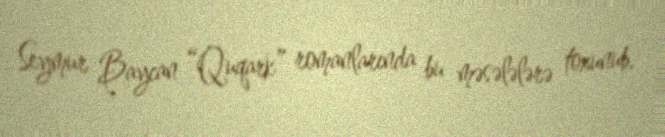
Seymur Baycan “Quqark” romanlarında bu məsələlərə toxunub.